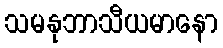
သမနုဘာသီယမာနော